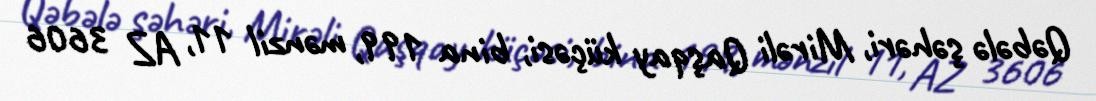
Qəbələ şəhəri, Mirəli Qaşqay küçəsi, bina 199, mənzil 11, AZ 3606